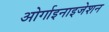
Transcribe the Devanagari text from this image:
ओर्गाइनाइजेशन